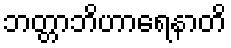
ဘတ္တာဘိဟာရေနာတိ